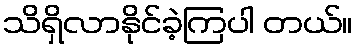
သိရှိလာနိုင်ခဲ့ကြပါ တယ်။